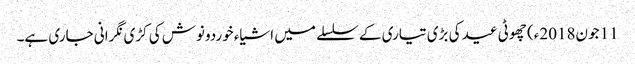
11 جون2018ء) چھوٹی عید کی بڑی تیاری کے سلسلے میں اشیاء خوردونوش کی کڑی نگرانی جاری ہے۔